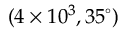
( 4 \times 1 0 ^ { 3 } , 3 5 ^ { \circ } )